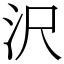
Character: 沢